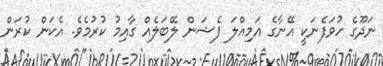
ނަދޫގެ ހުވަފެނަކީ އޭނާގެ އަމިއްލަ ފެޝަން ލޭބަލެއް ގާއިމު ކުރުމެވެ. އެކަން ކުރަން